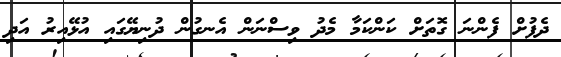
ދެފުށް ފެންނަ ގޮތަށް ކަންކަމާ މެދު ވިސްނަން އެނގުން ދުނިޔޭގައި އުޅޭއިރު އަދި